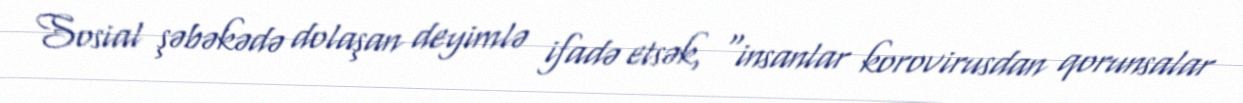
Sosial şəbəkədə dolaşan deyimlə ifadə etsək, “insanlar korovirusdan qorunsalar